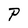
Character: P